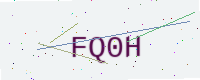
Text: FQ0H